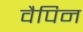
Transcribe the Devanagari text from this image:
वैपिन